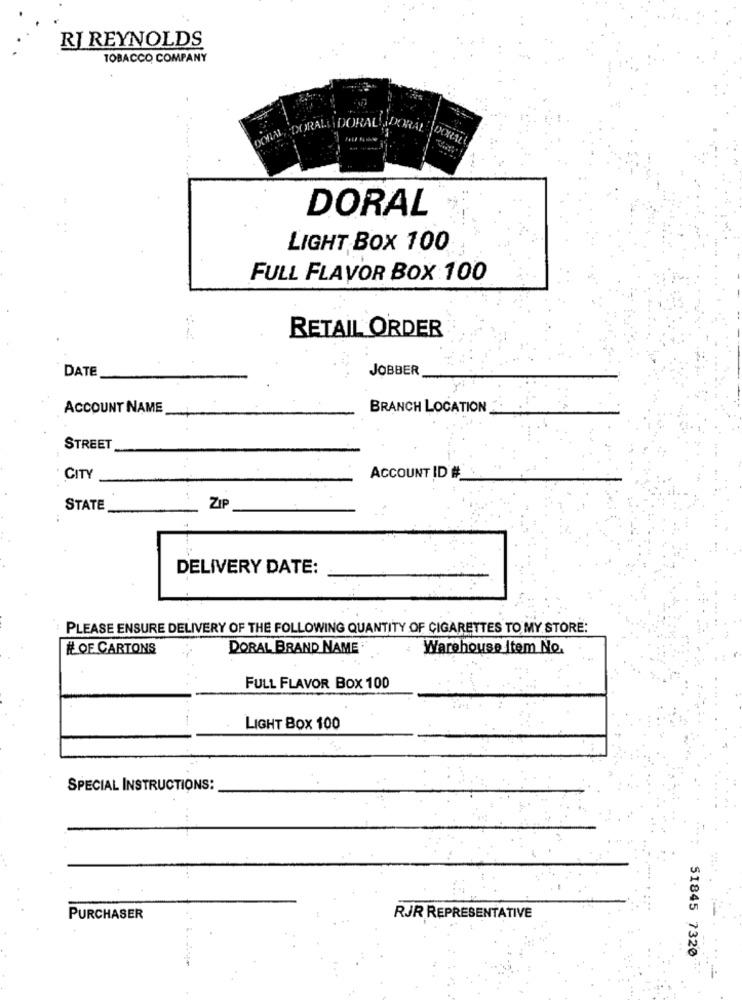
RJ REYNOLDS
TOBACCO COMPANY
DORALSIDORAL ADORAL
DORAL
DORAL
LIGHT BOX 100
FULL FLAVOR BOX 100
RETAIL ORDER
DATE
JOBBER
ACCOUNT NAME
BRANCH LOCATION
STREET
CITY
ACCOUNT ID #
STATE
ZIP
DELIVERY DATE:
PLEASE ENSURE DELIVERY OF THE FOLLOWING QUANTITY OF CIGARETTES TO MY STORE:
# OF CARTONS
DORAL BRAND NAME
Warehouse Item No.
FULL FLAVOR BOX 100
LIGHT BOX 100
SPECIAL INSTRUCTIONS:
PURCHASER
RJR REPRESENTATIVE
51845 7320